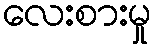
လေးစားမှု